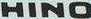
HINO